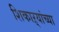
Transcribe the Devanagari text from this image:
शिकाऱ्यांच्या